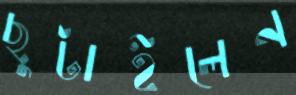
ছুটাইলেন